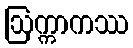
ဩက္ကာကဿ